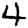
Digit: 4